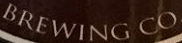
BREWING CO.